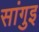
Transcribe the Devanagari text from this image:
सांगुइ